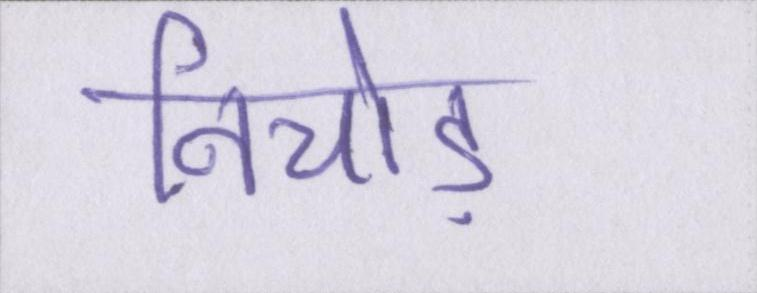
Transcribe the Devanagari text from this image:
निचोड़